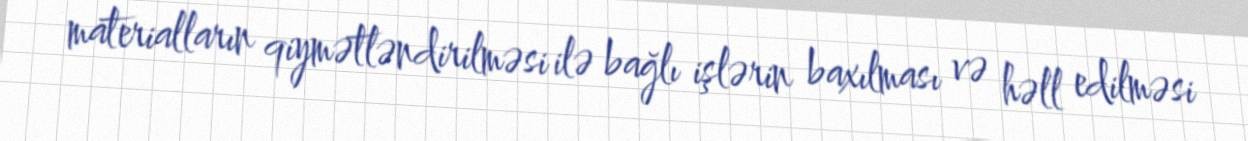
materialların qiymətləndirilməsi ilə bağlı işlərin baxılması və həll edilməsi